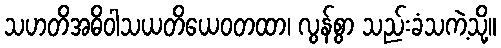
သဟတိအဓိဝါသယတိယေဝတထာ၊ လွန်စွာ သည်းခံသကဲ့သို့။